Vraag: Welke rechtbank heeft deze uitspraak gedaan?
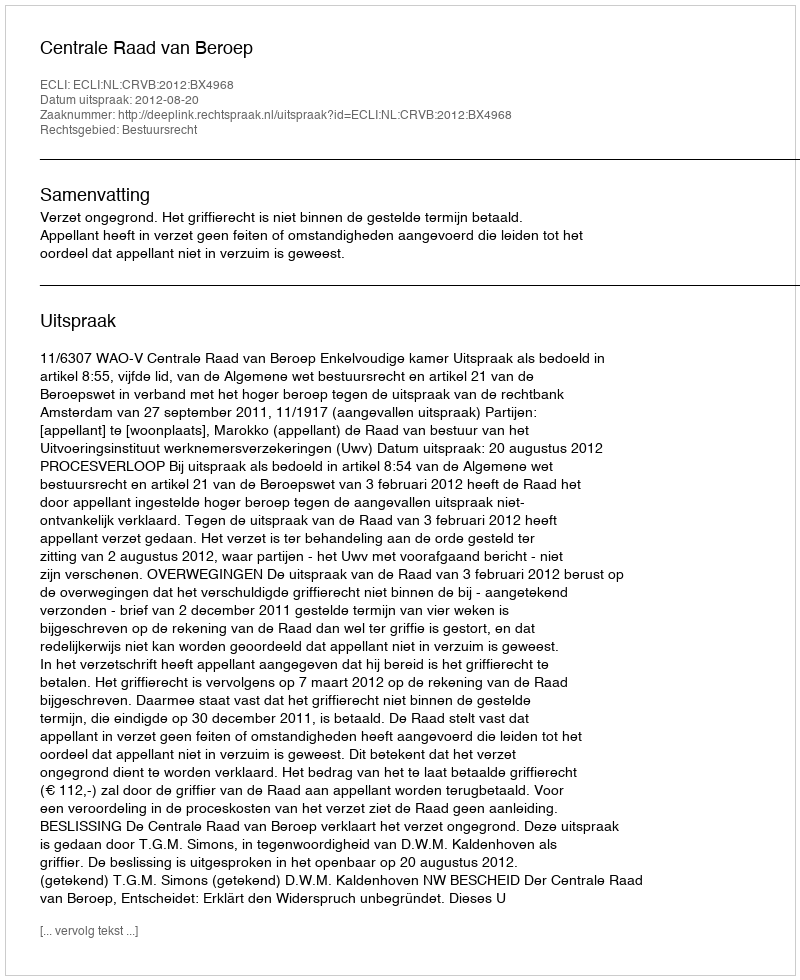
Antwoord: Centrale Raad van Beroep